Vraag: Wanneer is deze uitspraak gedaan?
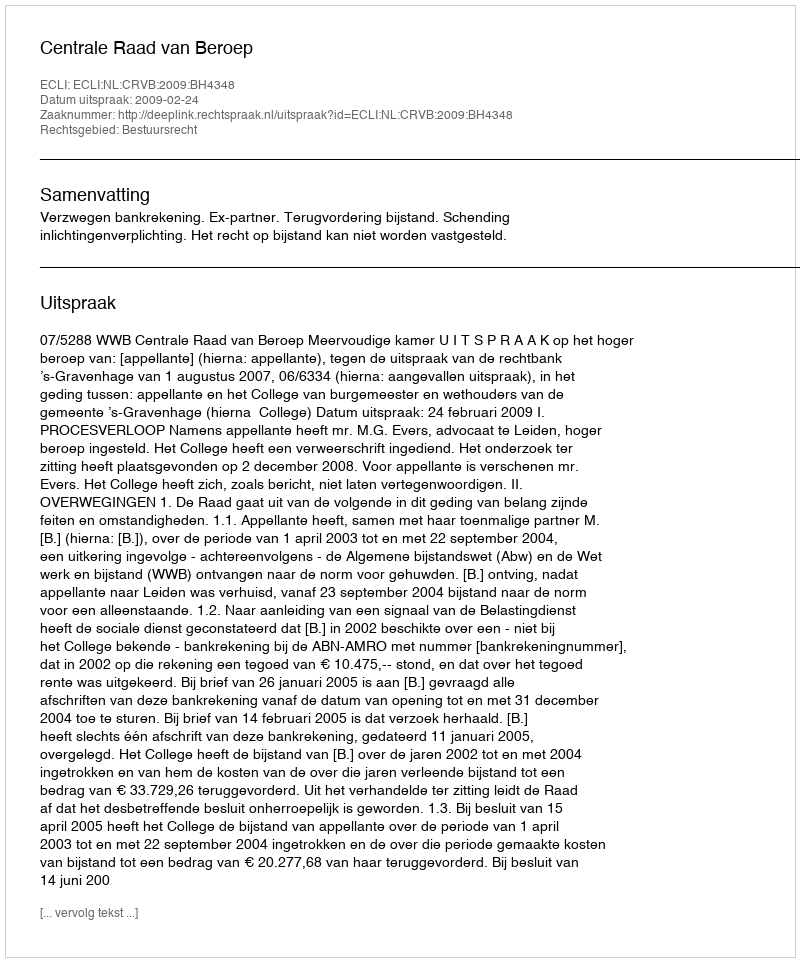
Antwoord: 2009-02-24